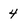
Character: 4